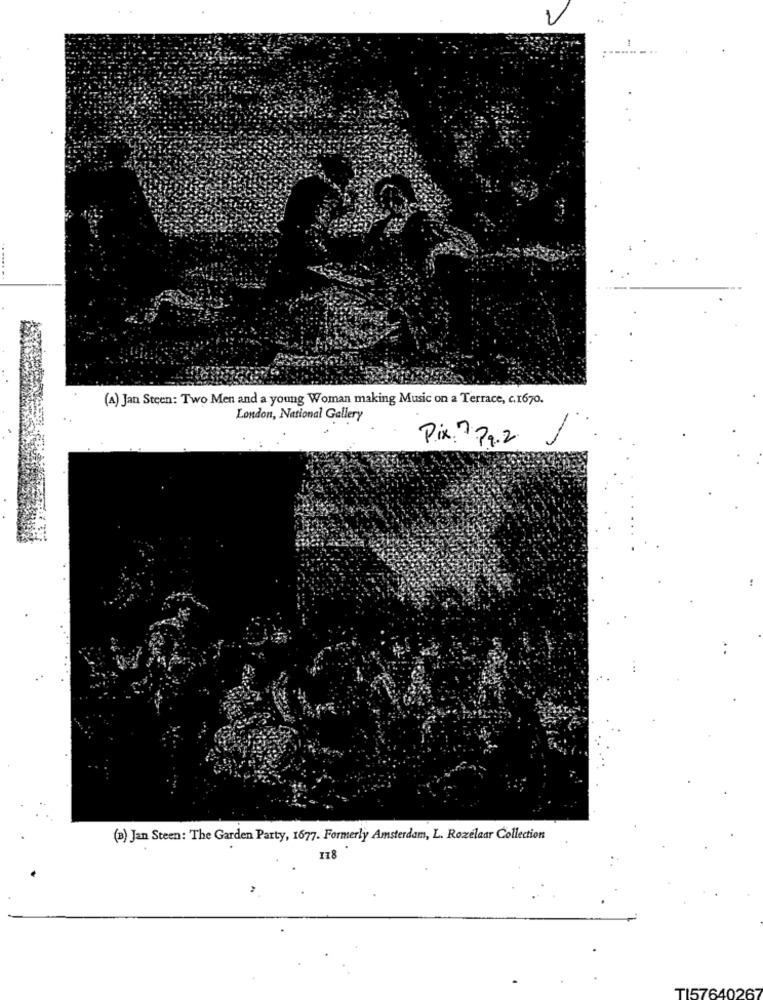
(A) Jan Steen: Two Men and a young Woman making Music on a Terrace, c.1670.
London, National Gallery
Pix. 7 79.2
(3) Jan Steen: The Garden Party, 1677. Formerly Amsterdam, L. Rozelaar Collection
I18
TI576402